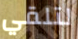
لتلقي